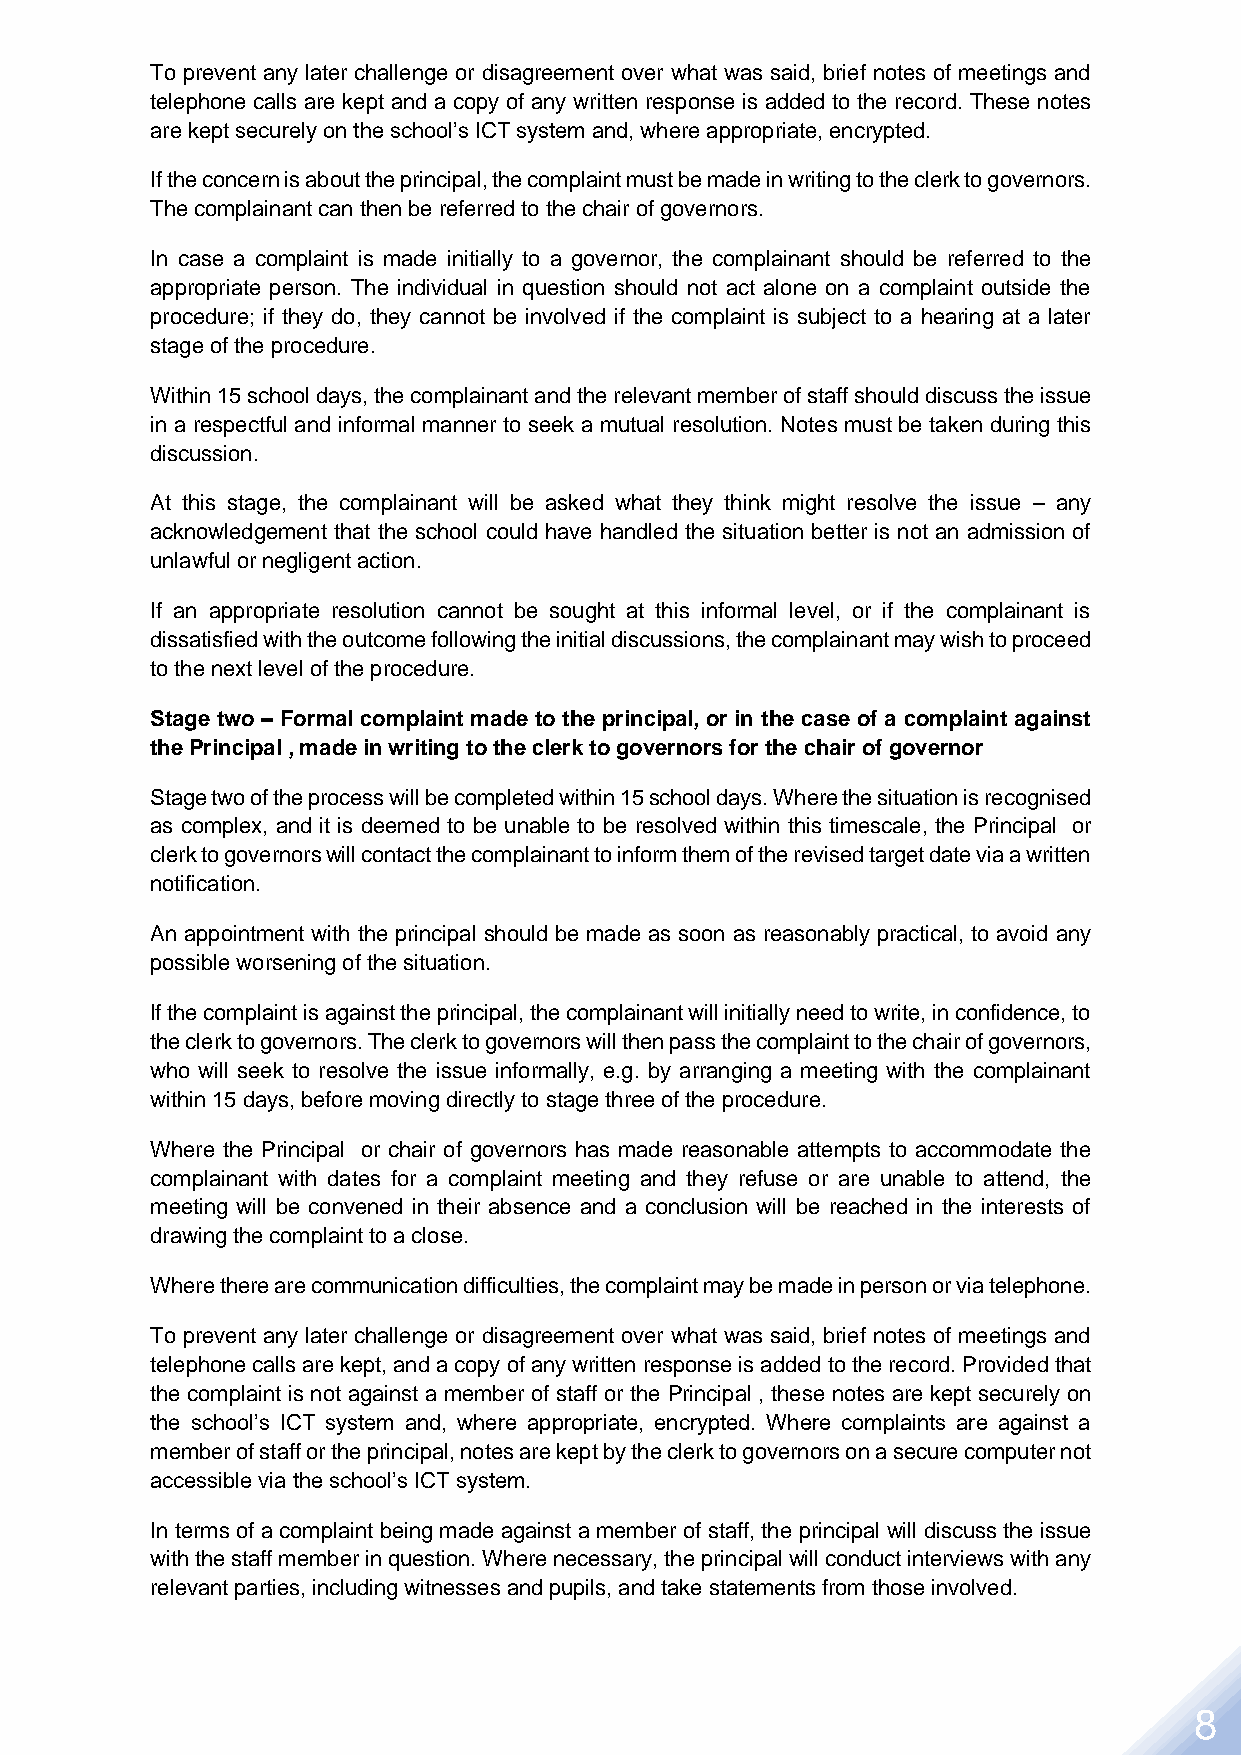
To prevent any later challenge or disagreement over what was said, brief notes of meetings and
 telephone calls are kept and a copy of any written response is added to the record. These notes
 are kept securely on the school’s ICT system and, where appropriate, encrypted.
 If the concern is about the principal, the complaint must be made in writing to the clerk to governors.
 The complainant can then be referred to the chair of governors.
 In case a complaint is made initially to a governor, the complainant should be referred to the
 appropriate person. The individual in question should not act alone on a complaint outside the
 procedure; if they do, they cannot be involved if the complaint is subject to a hearing at a later
 stage of the procedure.
 Within 15 school days, the complainant and the relevant member of staff should discuss the issue
 in a respectful and informal manner to seek a mutual resolution. Notes must be taken during this
 discussion.
 At this stage, the complainant will be asked what they think might resolve the issue – any
 acknowledgement that the school could have handled the situation better is not an admission of
 unlawful or negligent action.
 If an appropriate resolution cannot be sought at this informal level, or if the complainant is
 dissatisfied with the outcome following the initial discussions, the complainant may wish to proceed
 to the next level of the procedure.
 Stage two – Formal complaint made to the principal, or in the case of a complaint against
 the Principal , made in writing to the clerk to governors for the chair of governor
 Stage two of the process will be completed within 15 school days. Where the situation is recognised
 as complex, and it is deemed to be unable to be resolved within this timescale, the Principal or
 clerk to governors will contact the complainant to inform them of the revised target date via a written
 notification.
 An appointment with the principal should be made as soon as reasonably practical, to avoid any
 possible worsening of the situation.
 If the complaint is against the principal, the complainant will initially need to write, in confidence, to
 the clerk to governors. The clerk to governors will then pass the complaint to the chair of governors,
 who will seek to resolve the issue informally, e.g. by arranging a meeting with the complainant
 within 15 days, before moving directly to stage three of the procedure.
 Where the Principal or chair of governors has made reasonable attempts to accommodate the
 complainant with dates for a complaint meeting and they refuse or are unable to attend, the
 meeting will be convened in their absence and a conclusion will be reached in the interests of
 drawing the complaint to a close.
 Where there are communication difficulties, the complaint may be made in person or via telephone.
 To prevent any later challenge or disagreement over what was said, brief notes of meetings and
 telephone calls are kept, and a copy of any written response is added to the record. Provided that
 the complaint is not against a member of staff or the Principal , these notes are kept securely on
 the school’s ICT system and, where appropriate, encrypted. Where complaints are against a
 member of staff or the principal, notes are kept by the clerk to governors on a secure computer not
 accessible via the school’s ICT system.
 In terms of a complaint being made against a member of staff, the principal will discuss the issue
 with the staff member in question. Where necessary, the principal will conduct interviews with any
 relevant parties, including witnesses and pupils, and take statements from those involved.
 8